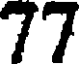
77